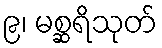
၉၊ မစ္ဆရိသုတ်